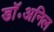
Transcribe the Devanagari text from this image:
डॉ॰अनिल